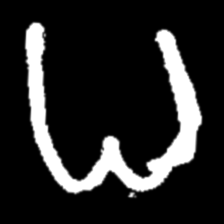
Pyu character \u2014 Myanmar letter: ဓ (romanized: dha)